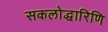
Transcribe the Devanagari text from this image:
सकलोद्धारिणि